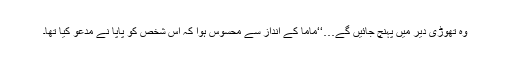
وہ تھوڑی دیر میں پہنچ جائیں گے…‘‘ماما کے انداز سے محسوس ہوا کہ اس شخص کو پاپا نے مدعو کیا تھا۔